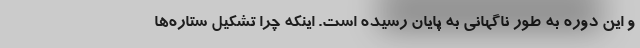
و این دوره به طور ناگهانی به پایان رسیده است. اینکه چرا تشکیل ستاره‌ها